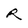
Character: R